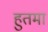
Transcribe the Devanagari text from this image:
हुतमा